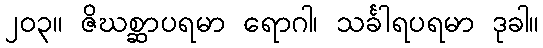
၂၀၃။ ဇိဃစ္ဆာပရမာ ရောဂါ၊ သင်္ခါရပရမာ ဒုခါ။